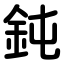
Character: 鈍